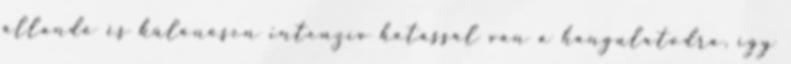
állandó és különösen intenzív hatással van a hangulatodra, így